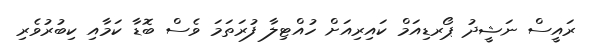
ރައީސް ނަޝީދު ޕޯރޑިއަމް ކައިރިއަށް ހުއްޓިލާ ފުރަތަމަ ވެސް ބޮޑާ ކަމާއި ކިބުރުވެރި